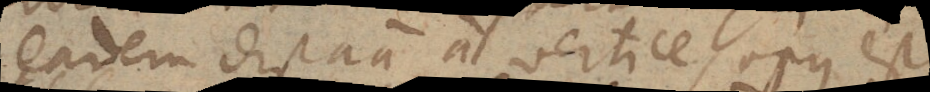
eadem distantia a vertice, opus est